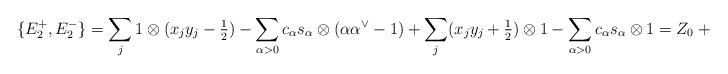
LaTeX: \begin{align*}\{E_2^+,E_2^-\} = \sum_j1\otimes(x_jy_j-\tfrac{1}{2}) - \sum_{\alpha>0}c_\alpha s_\alpha\otimes(\alpha\alpha^\vee - 1) + \sum_{j}(x_jy_j + \tfrac{1}{2})\otimes 1 - \sum_{\alpha>0}c_\alpha s_\alpha\otimes 1 = Z_0+\Omega_c+H.\end{align*}